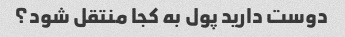
دوست دارید پول به کجا منتقل شود؟